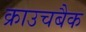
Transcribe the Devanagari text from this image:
क्राउचबैक